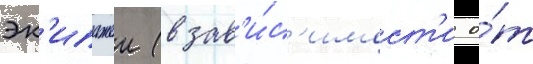
эк'ипажеи (в зав'и́с'имост'и о́т